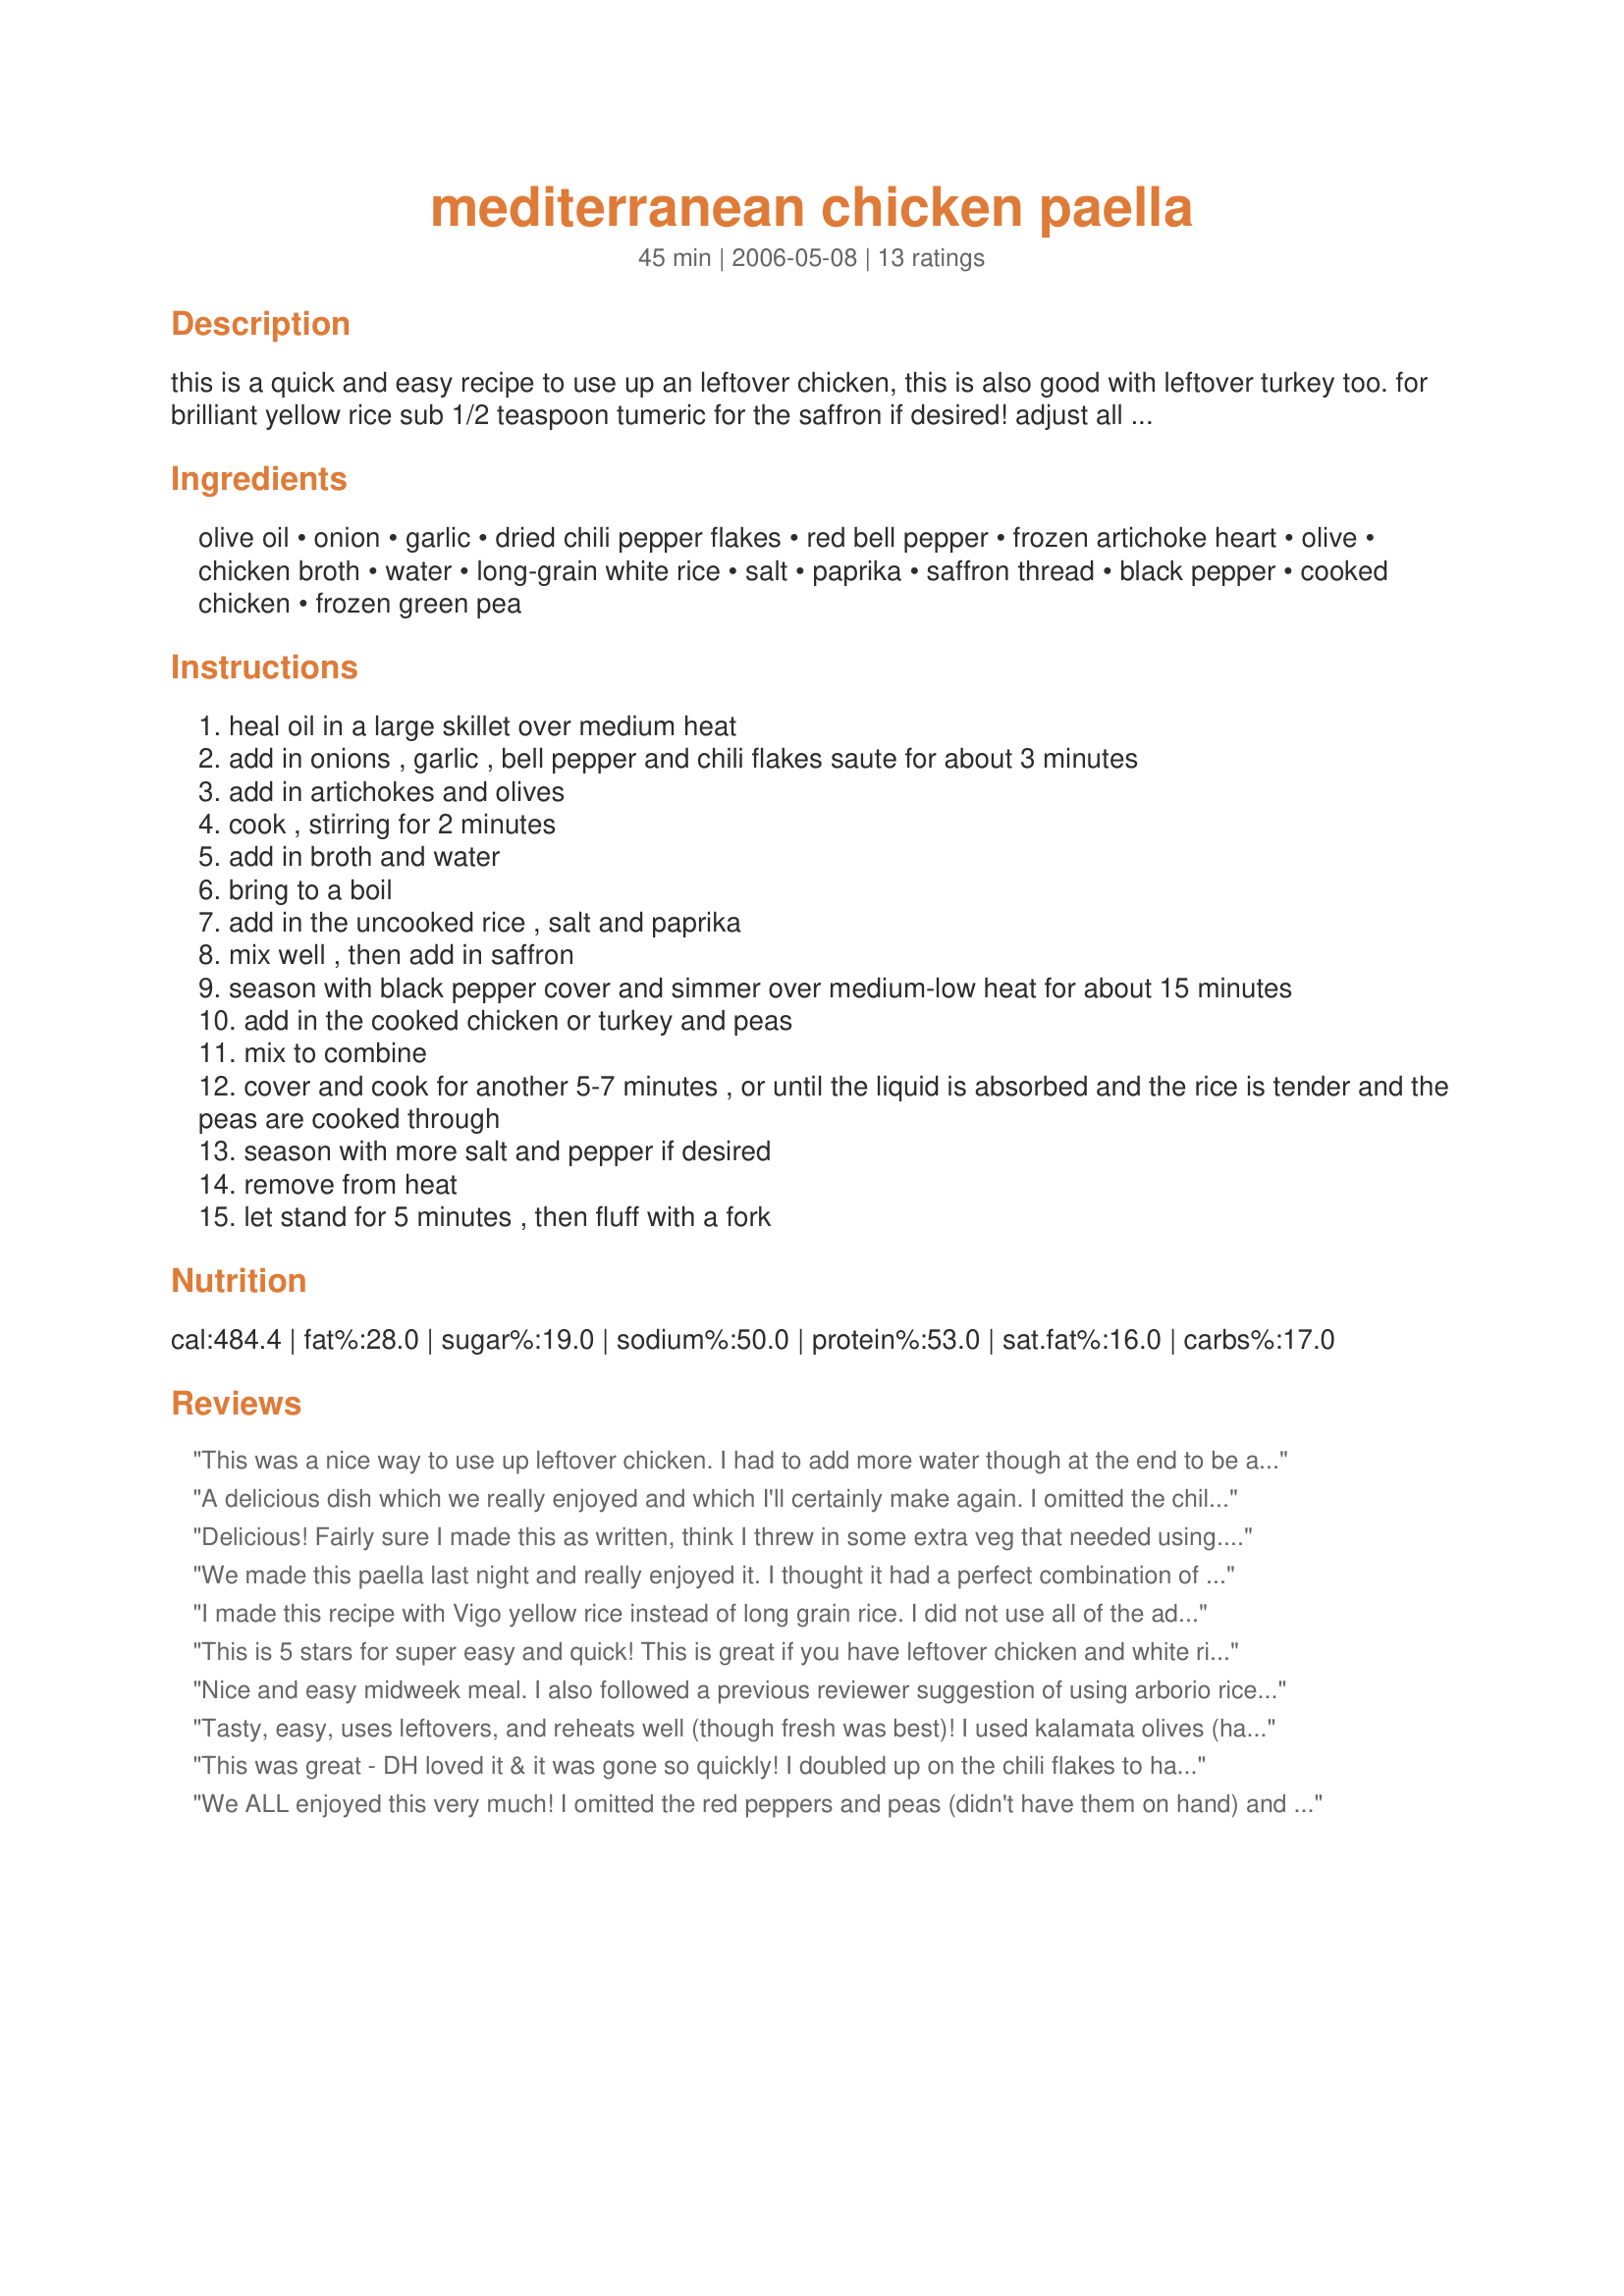
mediterranean chicken paella
Preparation time: 45 minutes

this is a quick and easy recipe to use up an leftover chicken, this is also good with leftover turkey too. for brilliant yellow rice sub 1/2 teaspoon tumeric for the saffron if desired! adjust all the amounts (except the rice and liquids) to taste.

Ingredients:
olive oil, onion, garlic, dried chili pepper flakes, red bell pepper, frozen artichoke heart, olive, chicken broth, water, long-grain white rice, salt, paprika, saffron thread, black pepper, cooked chicken, frozen green pea

Steps:
heal oil in a large skillet over medium heat
add in onions , garlic , bell pepper and chili flakes saute for about 3 minutes
add in artichokes and olives
cook , stirring for 2 minutes
add in broth and water
bring to a boil
add in the uncooked rice , salt and paprika
mix well , then add in saffron
season with black pepper cover and simmer over medium-low heat for about 15 minutes
add in the cooked chicken or turkey and peas
mix to combine
cover and cook for another 5-7 minutes , or until the liquid is absorbed and the rice is tender and the peas are cooked through
season with more salt and pepper if desired
remove from heat
let stand for 5 minutes , then fluff with a fork

Reviews:
This was a nice way to use up leftover chicken. I had to add more water though at the end to be able to cook the rice well as it was still undone. It's very tasty. Thanks! Made for ZWT5.
A delicious dish which we really enjoyed and which I'll certainly make again. I omitted the chili pepper flakes (personal taste preference), used breezermom's Recipe #328649 and kalamata olives (my favourite olive!) and I added a generous quantity of sliced mushrooms in step 2. Great one dish meal - and so very easy to make. Thank you for another super recipe, KITTENCAL! :) Made for Ali Baba's Babes for ZWT 5.
Delicious! Fairly sure I made this as written, think I threw in some extra veg that needed using. One of the things I love about these sorts of dishes is that you can add a few things without taking away from the final result. Thanks for sharing.
We made this paella last night and really enjoyed it. I thought it had a perfect combination of flavors and liked the little spicy kick the red pepper flakes lent to the dish. We used arborio rice and pimiento stuffed green manzanilla olives. We followed all ingredients and directions as posted. Thanks for a tasty dinner! Made for ZWT5.
I made this recipe with Vigo yellow rice instead of long grain rice. I did not use all of the additional spices, since that rice is already flavored. It was delicious! I will make this again and can&#039;t wait to eat the leftovers tomorrow.
This is 5 stars for super easy and quick! This is great if you have leftover chicken and white rice! I did triple or quadruple the hot peppers and then topped it with Datl Do IT hot sauce because we wanted a warmer paella..... but the 4 year old gobbled his up without a fuss (his of course was not spicy). Great recipe for a busy night! Thanks Kitz!
Nice and easy midweek meal. I also followed a previous reviewer suggestion of using arborio rice, and it cooked very nicely.
Tasty, easy, uses leftovers, and reheats well (though fresh was best)! I used kalamata olives (had them on hand). I made this for myself (hey, I'm worth it!), then had a friend over the next day for leftovers, with a bottle of rose.
This was great - DH loved it & it was gone so quickly! I doubled up on the chili flakes to have more of a bite, ommitted the olives (didn't have it), added green pepper, and used frozen corn/peas/carrot combo, also subsituted the chicken for prawns & spicy italian sausage -Delish! Thanks for sharing!
We ALL enjoyed this very much! I omitted the red peppers and peas (didn't have them on hand) and decided to throw in some mushrooms and sun dried tomatoes. Turned out awsome and very easy to make. Thank you and Gog Bless.
This was very easy to make and had a wonderful flavour. I did add some chopped turkey polish sausage as I needed to use it up. I will definitely be making this again. Thanks for the recipe.
I have to this was really easy to make and was a satisfying meal that my family enjoyed. We served this with a side salad and had enough leftovers to feed another 3-4 servings. This will certainly be a regular on our dinner table.
This recipe is pretty good. But it's a bit bland. Although I don't regret trying it, it could definitely use more oomph.
